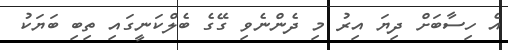
އެ ހިސާބަށް ދިޔަ އިރު މި ދެންނެވި ގޭގެ ބެލްކަނީގައި ތިބި ބަޔަކު